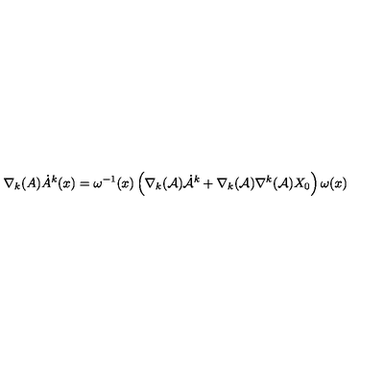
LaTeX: \nabla _ { k } ( A ) \dot { A } ^ { k } ( x ) = \omega ^ { - 1 } ( x ) \left( \nabla _ { k } ( { \cal A } ) { \dot { \cal A } } ^ { k } + \nabla _ { k } ( { \cal A } ) \nabla ^ { k } ( { \cal A } ) X _ { 0 } \right) \omega ( x )